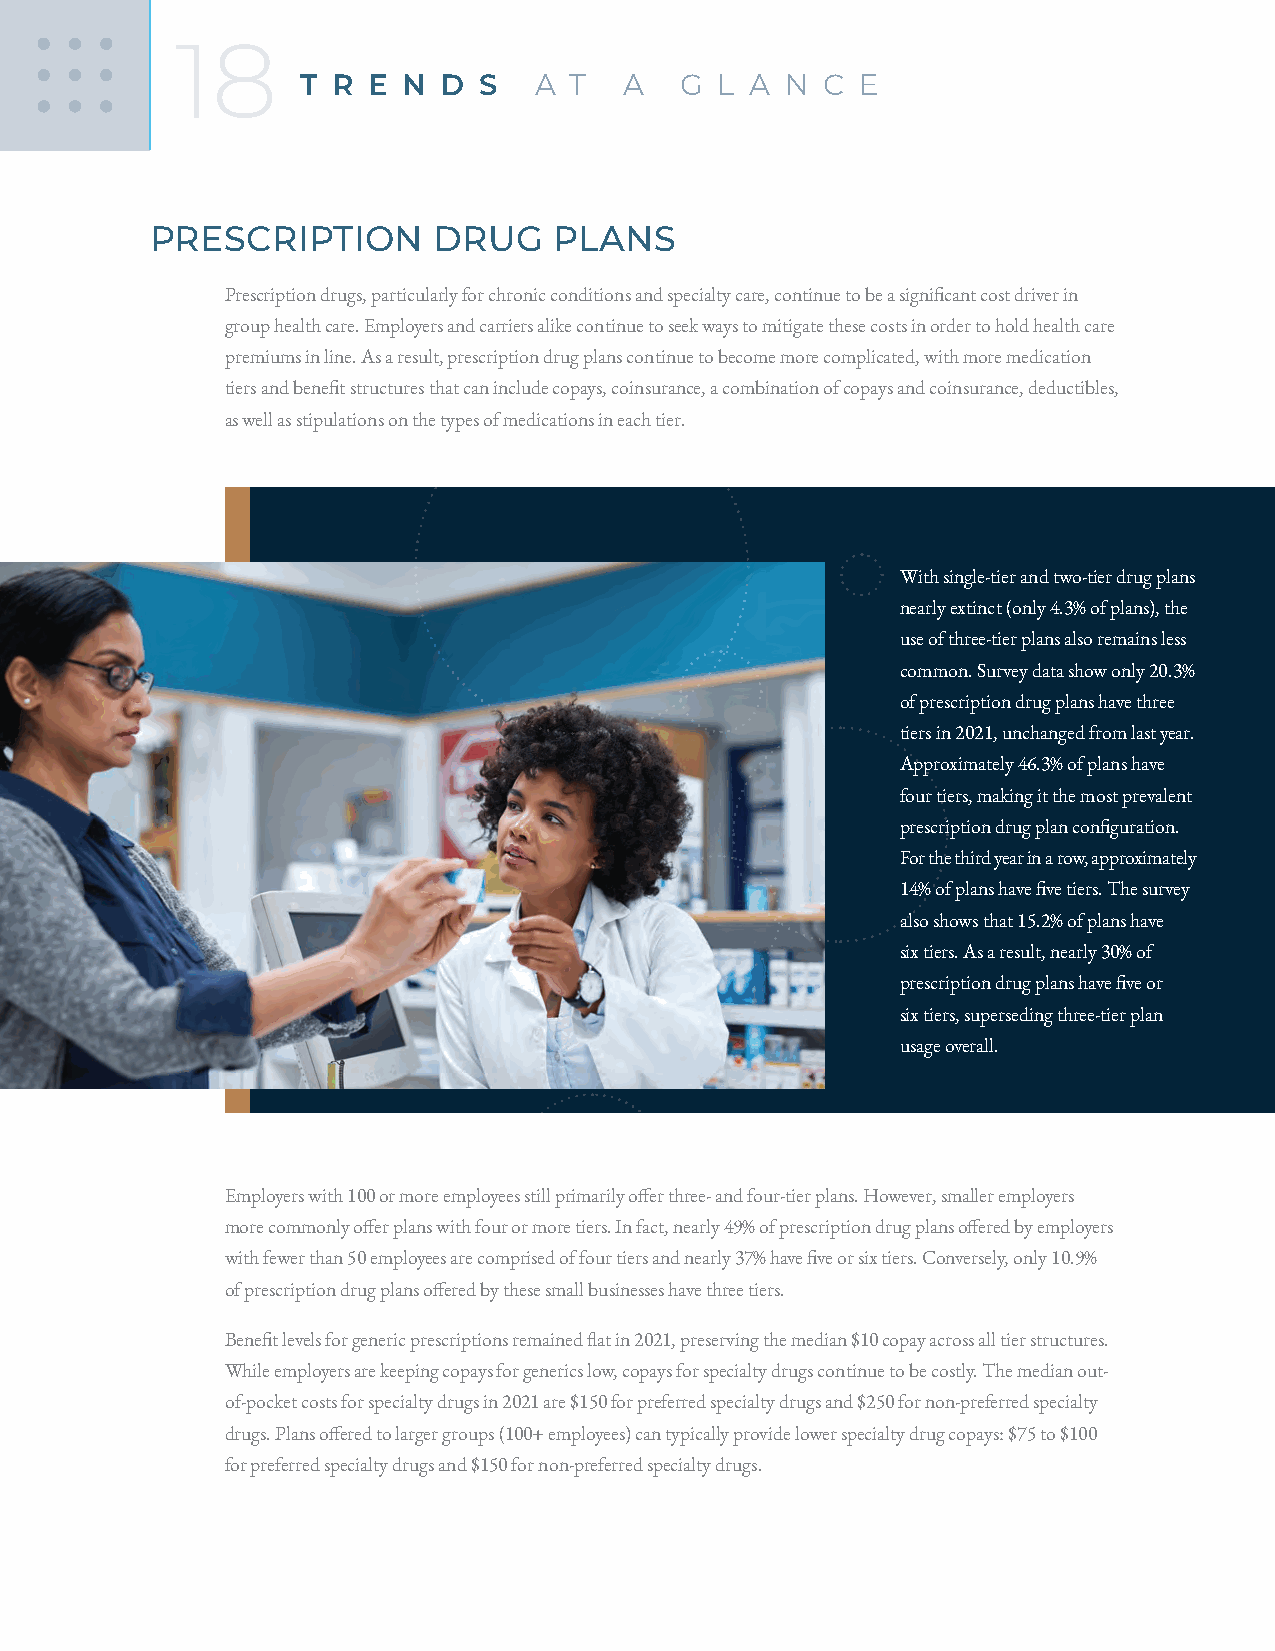
18
 T R E  N D  S  A  T  A   G  L A N C  E
 PRESCRIPTION       DRUG    PLANS
 Prescription drugs, particularly for chronic conditions and specialty care, continue to be a significant cost driver in
 group health care. Employers and carriers alike continue to seek ways to mitigate these costs in order to hold health care
 premiums in line. As a result, prescription drug plans continue to become more complicated, with more medication
 tiers and benefit structures that can include copays, coinsurance, a combination of copays and coinsurance, deductibles,
 as well as stipulations on the types of medications in each tier.
 With single-tier and two-tier drug plans
 nearly extinct (only 4.3% of plans), the
 use of three-tier plans also remains less
 common. Survey data show only 20.3%
 of prescription drug plans have three
 tiers in 2021, unchanged from last year.
 Approximately 46.3% of plans have
 four tiers, making it the most prevalent
 prescription drug plan configuration.
 For the third year in a row, approximately
 14% of plans have five tiers. The survey
 also shows that 15.2% of plans have
 six tiers. As a result, nearly 30% of
 prescription drug plans have five or
 six tiers, superseding three-tier plan
 usage overall.
 Employers with 100 or more employees still primarily offer three- and four-tier plans. However, smaller employers
 more commonly offer plans with four or more tiers. In fact, nearly 49% of prescription drug plans offered by employers
 with fewer than 50 employees are comprised of four tiers and nearly 37% have five or six tiers. Conversely, only 10.9%
 of prescription drug plans offered by these small businesses have three tiers.
 Benefit levels for generic prescriptions remained flat in 2021, preserving the median $10 copay across all tier structures.
 While employers are keeping copays for generics low, copays for specialty drugs continue to be costly. The median out-
 of-pocket costs for specialty drugs in 2021 are $150 for preferred specialty drugs and $250 for non-preferred specialty
 drugs. Plans offered to larger groups (100+ employees) can typically provide lower specialty drug copays: $75 to $100
 for preferred specialty drugs and $150 for non-preferred specialty drugs.